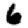
Digit: 6